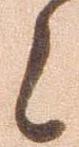
候